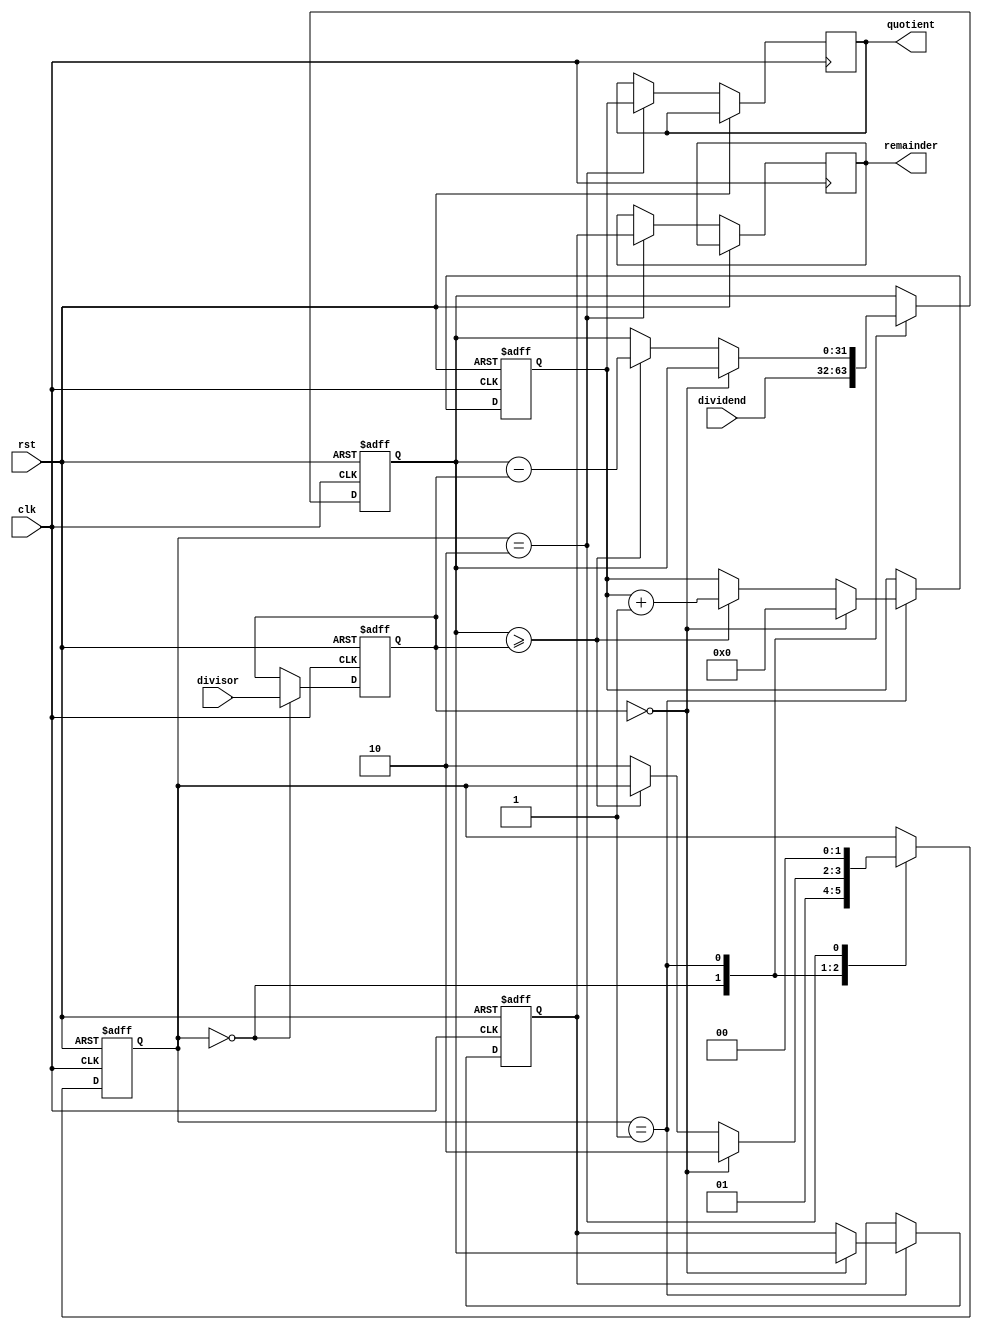
module Divider (
    input wire clk,
    input wire rst,
    input wire [31:0] dividend,
    input wire [31:0] divisor,
    output reg [31:0] quotient,
    output reg [31:0] remainder
);

reg [31:0] dividend_reg;
reg [31:0] divisor_reg;
reg [31:0] quotient_reg;
reg [31:0] remainder_reg;
reg [1:0] control_state;

always @(posedge clk or posedge rst) begin
    if (rst) begin
        control_state <= 2'b00;
        dividend_reg <= 32'b0;
        divisor_reg <= 32'b0;
        quotient_reg <= 32'b0;
        remainder_reg <= 32'b0;
    end else begin
        case (control_state)
            2'b00: begin // Load Dividend and Divisor
                dividend_reg <= dividend;
                divisor_reg <= divisor;
                control_state <= 2'b01;
            end
            2'b01: begin // Division process
                if (divisor_reg == 0) begin
                    quotient_reg <= 32'b0;
                    remainder_reg <= dividend_reg;
                    control_state <= 2'b10;
                end else begin
                    if (dividend_reg >= divisor_reg) begin
                        quotient_reg <= quotient_reg + 1;
                        dividend_reg <= dividend_reg - divisor_reg;
                    end else begin
                        control_state <= 2'b10;
                    end
                end
            end
            2'b10: begin // Output Quotient and Remainder
                quotient <= quotient_reg;
                remainder <= remainder_reg;
                control_state <= 2'b00;
            end
        endcase
    end
end

endmodule